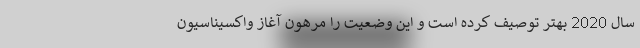
سال 2020 بهتر توصیف کرده است و این وضعیت را مرهون آغاز واکسیناسیون